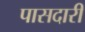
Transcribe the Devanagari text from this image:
पासदारी